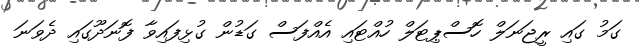
ގަމު ގައި ރީޖަނަލް ހޮސްޕިޓަލް ހުއްޓައި އެއްފަސް ގަޑުން ގުޅިފައިވާ ފޮނަދޫގައި ދެވަނަ